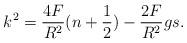
LaTeX: \begin{align*}k^2 =\frac{4F}{R^{2}}(n+\frac{1}{2})-\frac{2F}{R^{2}}gs.\end{align*}